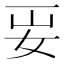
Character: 𡛎